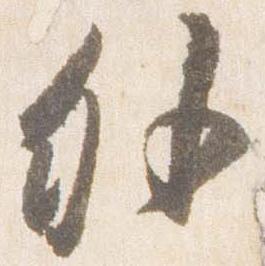
外